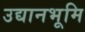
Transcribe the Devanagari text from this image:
उद्यानभूमि